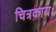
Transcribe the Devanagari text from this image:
चित्रकायः